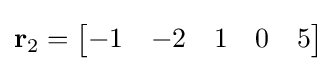
\mathbf {r} _{2}={\begin{bmatrix}-1&-2&1&0&5\end{bmatrix}}